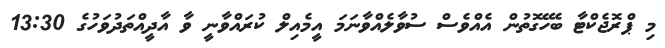
މި ޕްރޮޖެކްޓާ ބެހޭގޮތުން އެއްވެސް ސުވާލެއްވާނަމަ އީމެއިލް ކުރައްވާނީ ވާ އާދީއްތަދުވަހުގެ 13:30